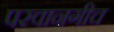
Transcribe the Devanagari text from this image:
परवानगीच